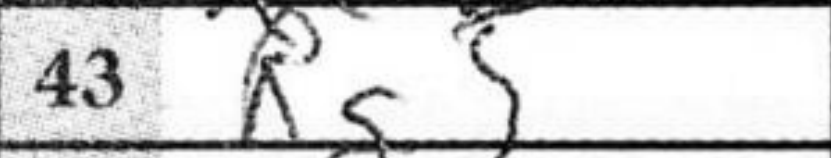
Transcription: Rg5